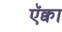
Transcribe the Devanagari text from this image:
ऍक्वा